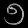
Digit: ၅